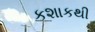
કશાકથી